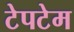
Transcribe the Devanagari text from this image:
टेपटेम